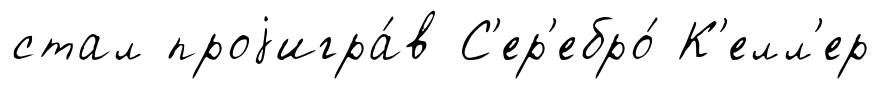
стал проjигра́в С'ер'ебро́ К'елл'ер